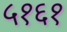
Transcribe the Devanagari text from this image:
५१६१